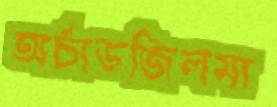
অর্চাডজিলমা